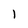
Character: 1